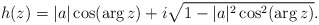
\begin{align*} h(z) = |a|\cos(\arg z) + i\sqrt{1-|a|^2\cos^2(\arg z)}.\end{align*}